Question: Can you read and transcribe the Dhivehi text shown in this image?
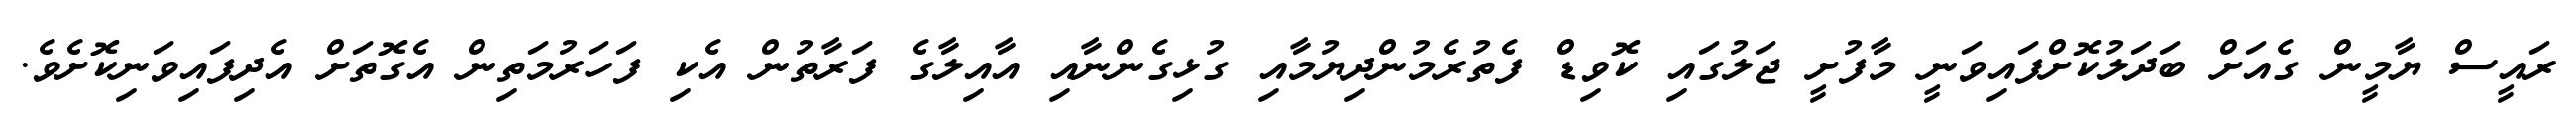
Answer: ރައީސް ޔާމީން ގެއަށް ބަދަލުކޮށްފައިވަނީ މާފުށީ ޖަލުގައި ކޮވިޑް ފެތުރެމުންދިޔުމާއި ގުޅިގެންނާއި އާއިލާގެ ފަރާތުން އެކި ފަހަރުމަތިން އެގޮތަށް އެދިފައިވަނިކޮށެވެ.